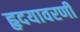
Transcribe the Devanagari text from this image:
हृदयावरणी